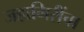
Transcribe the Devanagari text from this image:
जहागिरींचा